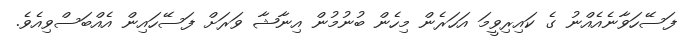
ފަސޭހަވާނެއެއްނު ގެ ކައިރިވީމަ އަހަރެން މިހެން ބުނުމުން އިނާޝާ ވަރަށް ފަސޭހައިން އެއްބަސްވިއެވެ.